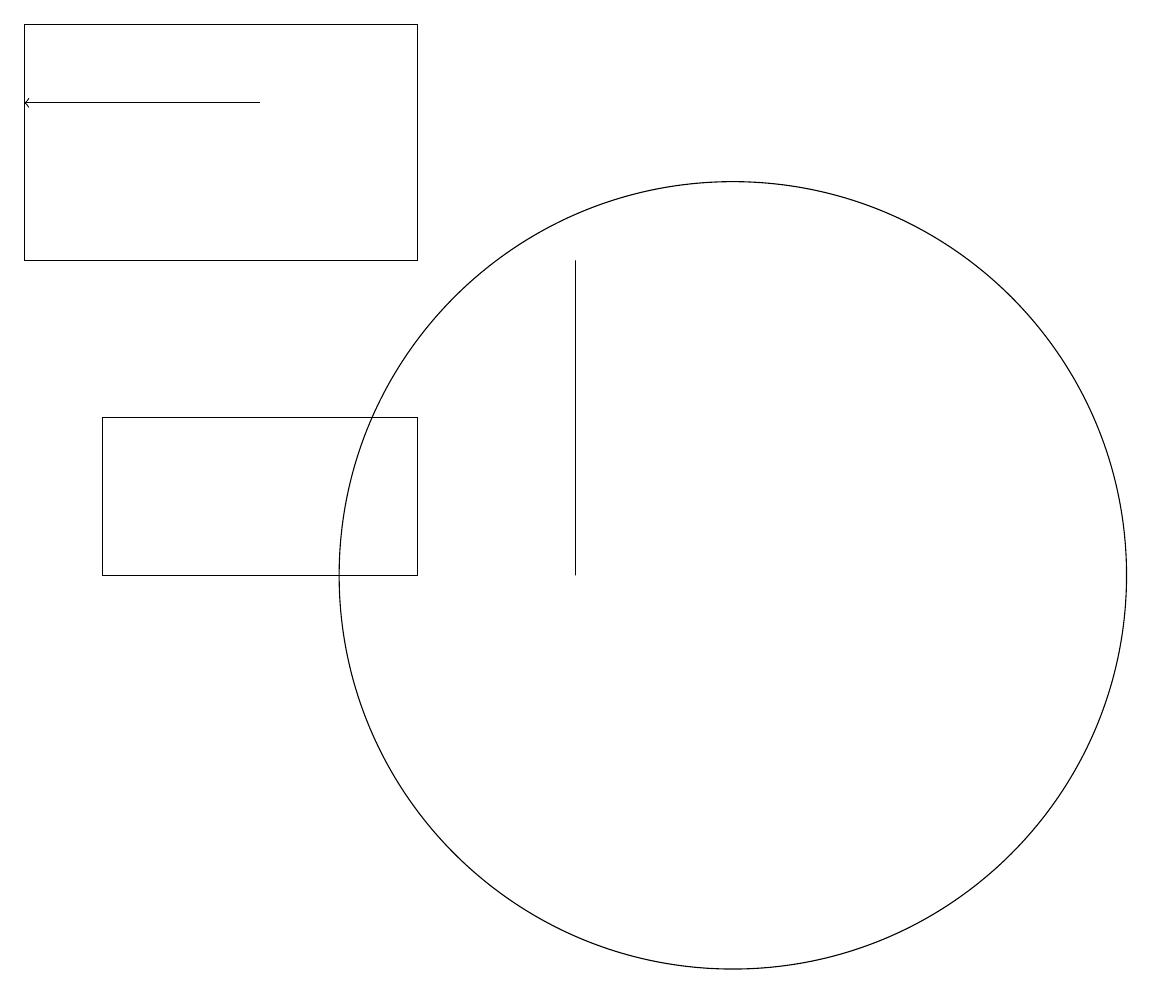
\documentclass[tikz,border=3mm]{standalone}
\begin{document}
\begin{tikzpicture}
\draw (2,19) rectangle (7,16);
\draw (11,12) circle (5);
\draw[->] (5,18) -- (2,18);
\draw (7,12) rectangle (3,14);
\draw (9,16) rectangle (9,12);
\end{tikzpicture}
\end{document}